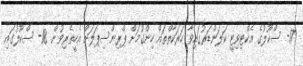
17- ސްކޫލުގެ އެކްޓިވިޓީ ކަލަންޑަރުގައިވާ ހަރަކާތްތައް ހިންގުމަށް ޕްރިންސިޕަލަށް އެހީތެރިވުން. 18- ސްކޫލުގައި